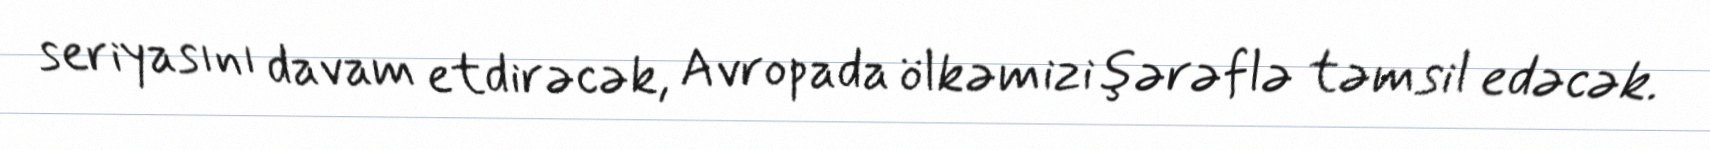
seriyasını davam etdirəcək, Avropada ölkəmizi şərəflə təmsil edəcək.